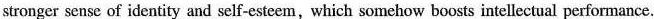
stronger sense of identity and self-esteem,which somehow boosts intellectual performance.